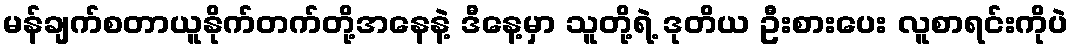
မန်ချက်စတာယူနိုက်တက်တို့အနေနဲ့ ဒီနေ့မှာ သူတို့ရဲ့ ဒုတိယ ဦးစားပေး လူစာရင်းကိုပဲ